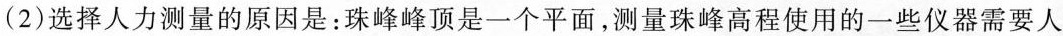
(2)选择人力测量的原因是：珠峰峰顶是一个平面，测量珠峰高程使用的一些仪器需要人